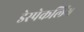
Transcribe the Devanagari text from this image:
डेस्पेकलिंग